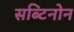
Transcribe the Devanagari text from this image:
सब्टिनोन